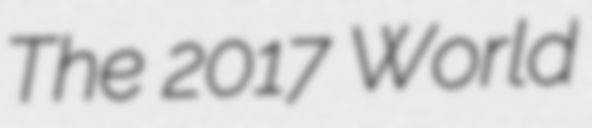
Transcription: The 2017 World